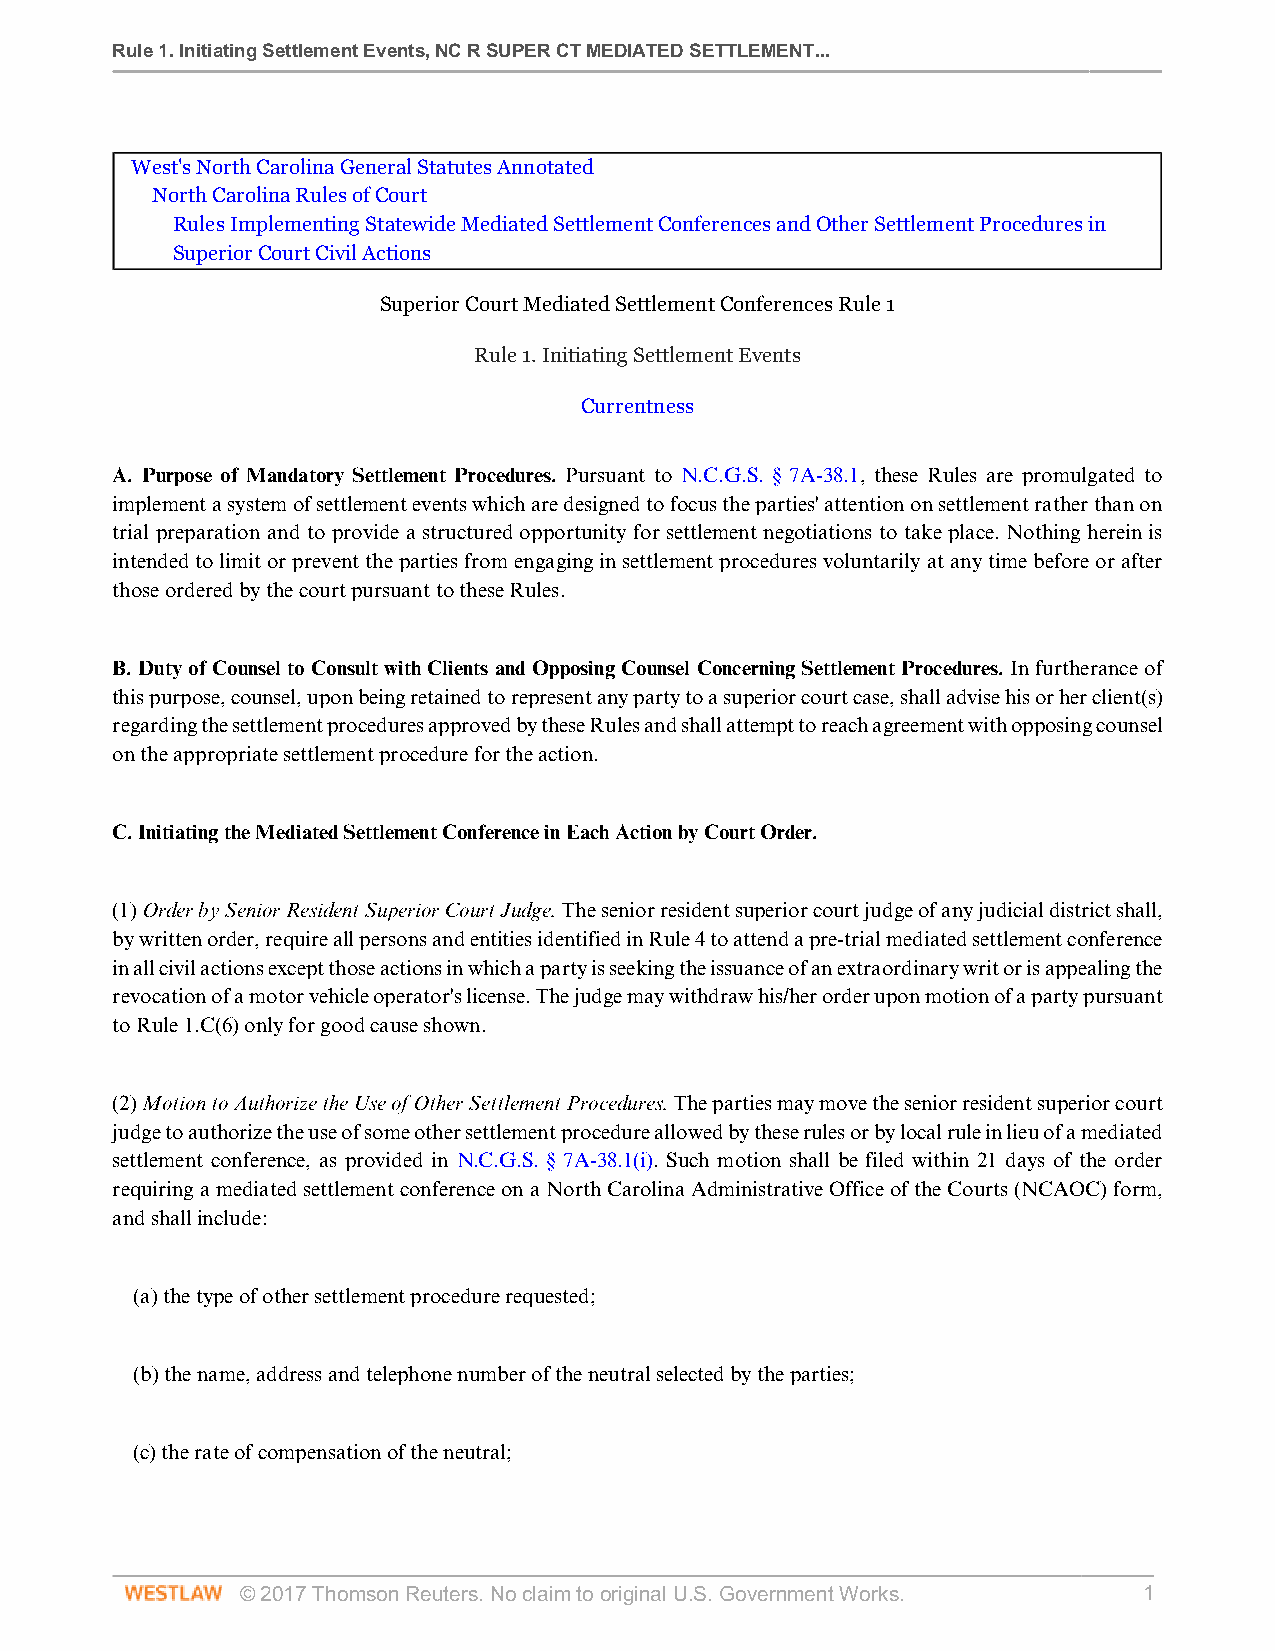
Rule 1. Initiating Settlement Events, NC R SUPER CT MEDIATED SETTLEMENT...
 West's North Carolina General Statutes Annotated
 North Carolina Rules of Court
 Rules Implementing Statewide Mediated Settlement Conferences and Other Settlement Procedures in
 Superior Court Civil Actions
 Superior Court Mediated Settlement Conferences Rule 1
 Rule 1. Initiating Settlement Events
 Currentness
 A. Purpose of Mandatory Settlement Procedures. Pursuant to N.C.G.S. § 7A-38.1, these Rules are promulgated to
 implement a system of settlement events which are designed to focus the parties' attention on settlement rather than on
 trial preparation and to provide a structured opportunity for settlement negotiations to take place. Nothing herein is
 intended to limit or prevent the parties from engaging in settlement procedures voluntarily at any time before or after
 those ordered by the court pursuant to these Rules.
 B. Duty of Counsel to Consult with Clients and Opposing Counsel Concerning Settlement Procedures. In furtherance of
 this purpose, counsel, upon being retained to represent any party to a superior court case, shall advise his or her client(s)
 regarding the settlement procedures approved by these Rules and shall attempt to reach agreement with opposing counsel
 on the appropriate settlement procedure for the action.
 C. Initiating the Mediated Settlement Conference in Each Action by Court Order.
 (1) Order by Senior Resident Superior Court Judge. The senior resident superior court judge of any judicial district shall,
 by written order, require all persons and entities identified in Rule 4 to attend a pre-trial mediated settlement conference
 in all civil actions except those actions in which a party is seeking the issuance of an extraordinary writ or is appealing the
 revocation of a motor vehicle operator's license. The judge may withdraw his/her order upon motion of a party pursuant
 to Rule 1.C(6) only for good cause shown.
 (2) Motion to Authorize the Use of Other Settlement Procedures. The parties may move the senior resident superior court
 judge to authorize the use of some other settlement procedure allowed by these rules or by local rule in lieu of a mediated
 settlement conference, as provided in N.C.G.S. § 7A-38.1(i). Such motion shall be filed within 21 days of the order
 requiring a mediated settlement conference on a North Carolina Administrative Office of the Courts (NCAOC) form,
 and shall include:
 (a) the type of other settlement procedure requested;
 (b) the name, address and telephone number of the neutral selected by the parties;
 (c) the rate of compensation of the neutral;
 © 2017 Thomson Reuters. No claim to original U.S. Government Works. 1